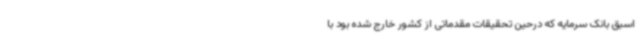
اسبق بانک سرمایه که درحین تحقیقات مقدماتی از کشور خارج شده بود با